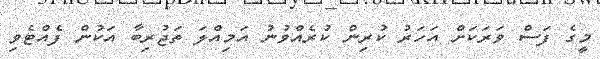
މީގެ ފަސް ވަރަކަށް އަހަރު ކުރިން ކުރެއްވުނު އަމިއްލަ ތަޖުރިބާ އަކުން ފެއްޓެވި